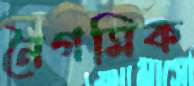
নৈগমিক